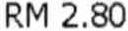
RM 2.80